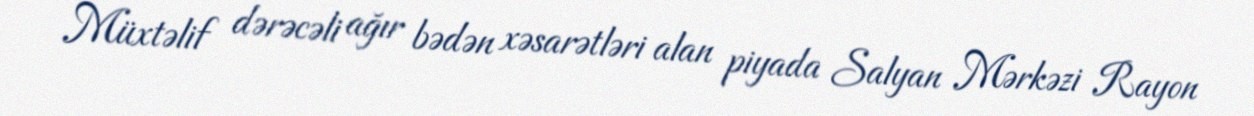
Müxtəlif dərəcəli ağır bədən xəsarətləri alan piyada Salyan Mərkəzi Rayon